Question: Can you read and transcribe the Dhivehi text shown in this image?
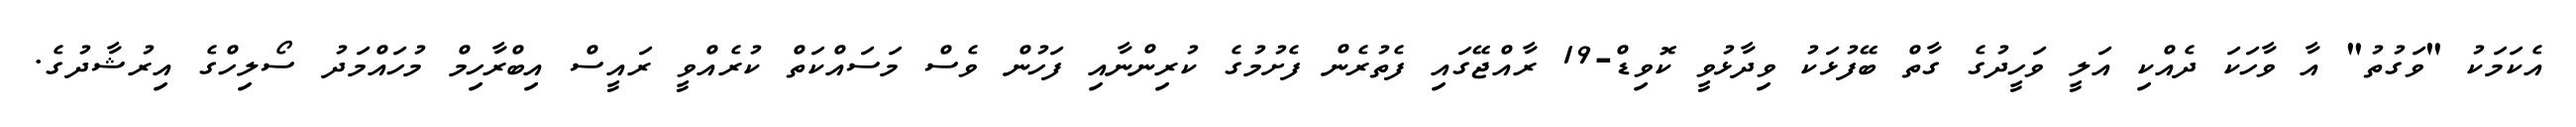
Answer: އެކަމަކު "ވަގުތު" އާ ވާހަކަ ދެއްކި އަލީ ވަހީދުގެ ގާތް ބޭފުޅަކު ވިދާޅުވީ ކޮވިޑް-19 ރާއްޖޭގައި ފެތުރެން ފެށުމުގެ ކުރިންނާއި ފަހުން ވެސް މަސައްކަތް ކުރެއްވީ ރައީސް އިބްރާހިމް މުހައްމަދު ސޯލިހްގެ އިރުޝާދުގެ.